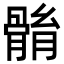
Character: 䯚